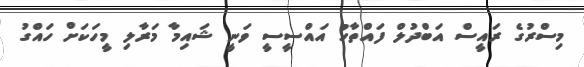
މިސްރުގެ ރައީސް އަބްދުލް ފައްތާހު އައްސީސީ ވަނީ ޝައިމާ މަރާލި މީހަކަށް ހައްގު